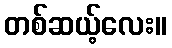
တစ်ဆယ့်လေး။